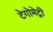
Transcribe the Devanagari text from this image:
टेगोमेट्री